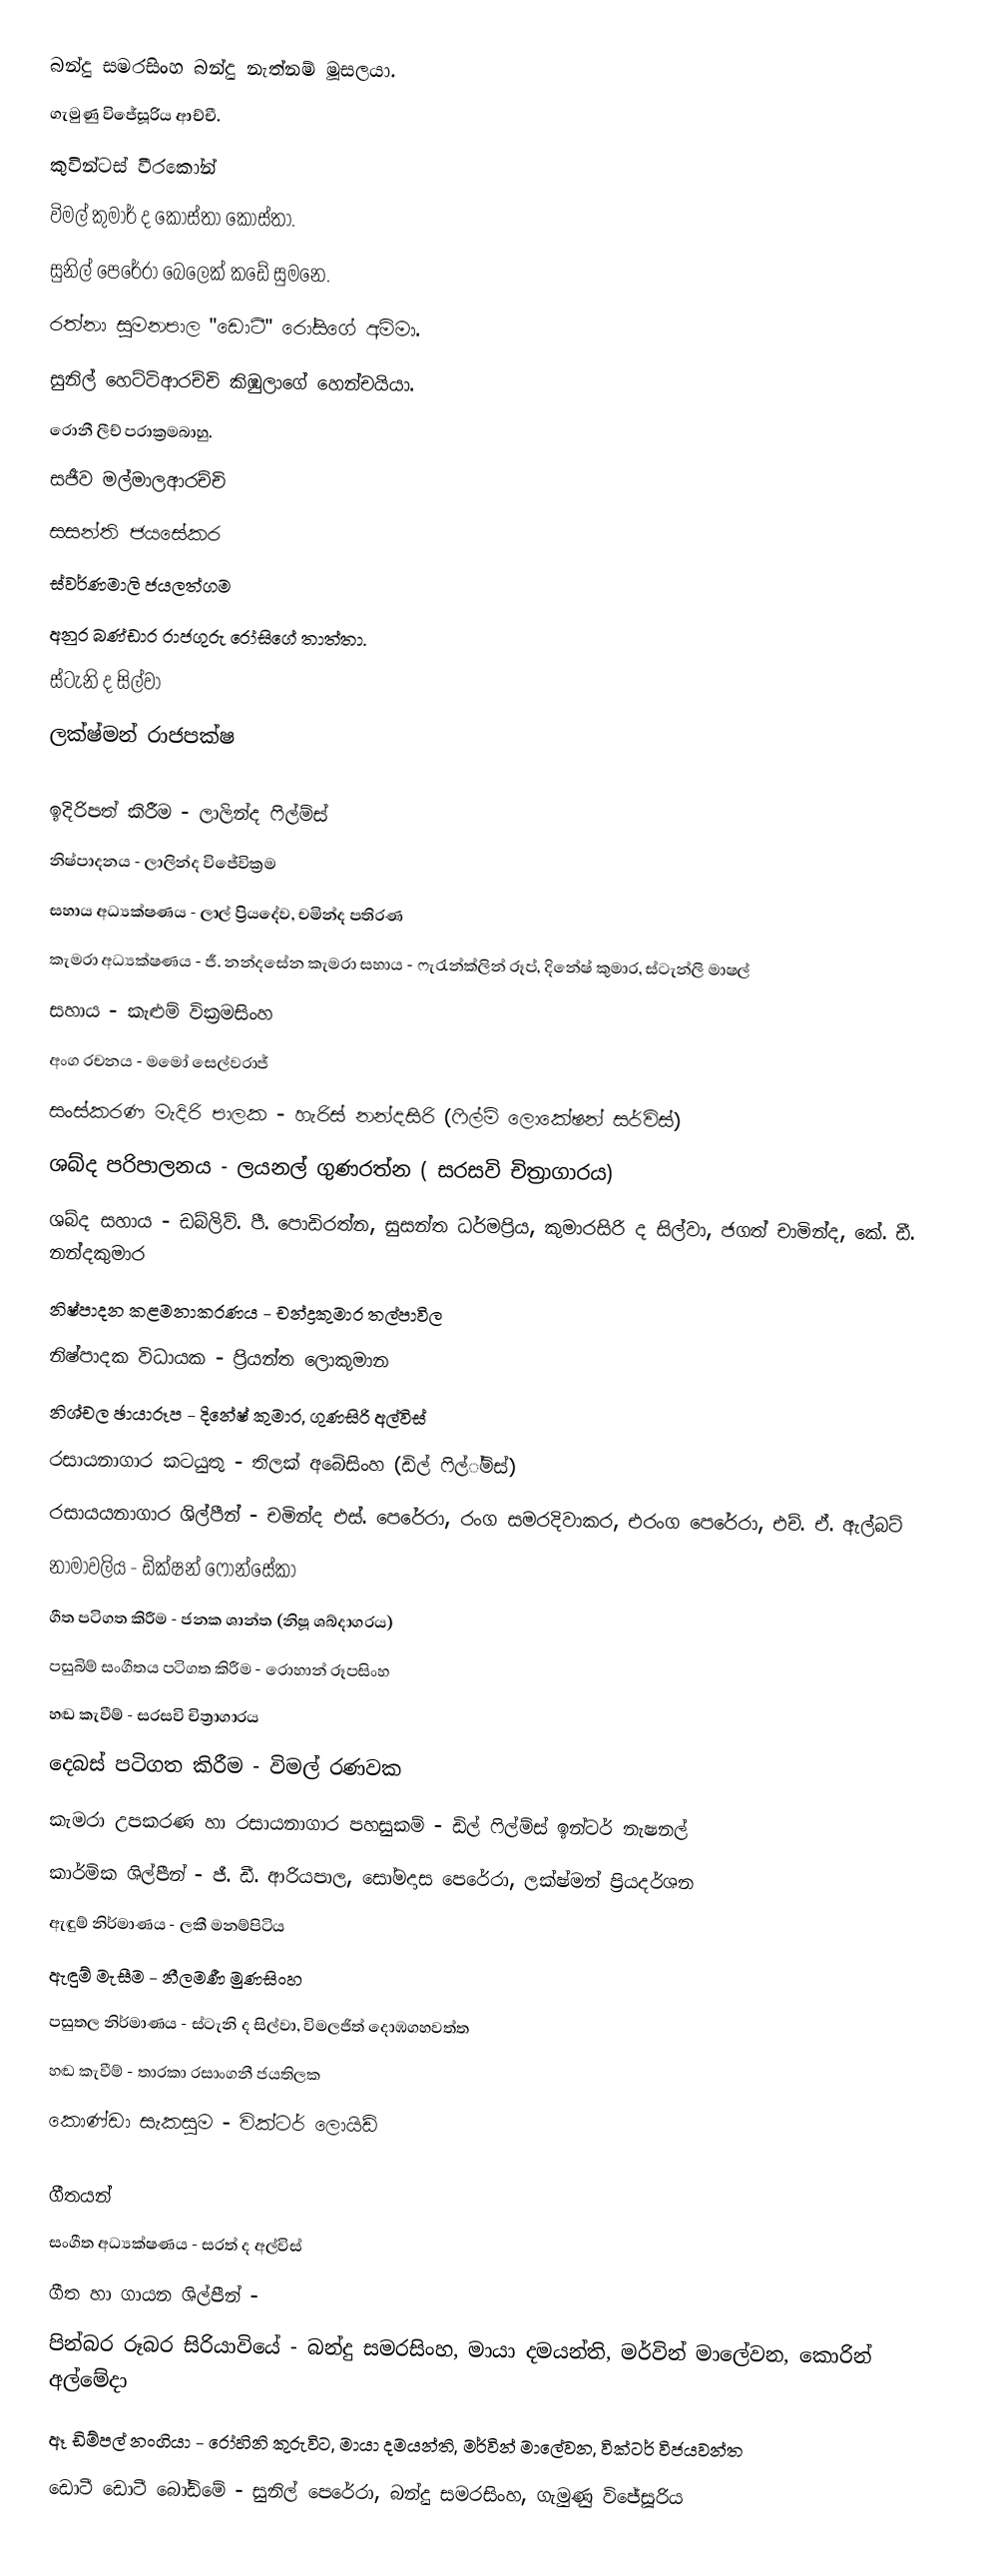
බන්දු සමරසිංහ බන්දු නැත්නම් මූසලයා.
ගැමුණු විජේසූරිය ආච්චී.
කුවින්ටස් වීරකෝන්
විමල් කුමාර් ද කොස්තා කොස්තා.
සුනිල් පෙරේරා බෙලෙක් කඩේ සුමනෙ.
රත්නා සුමනපාල "ඩොටී" රෝසිගේ අම්මා.
සුනිල් හෙට්ටිආරච්චි කිඹුලාගේ හෙන්චයියා.
රොනී ලීච් පරාක්‍රමබාහු.
සජීව මල්මාලආරච්චි
සසන්ති ජයසේකර
ස්වර්ණමාලි ජයලත්ගම
අනුර බණ්ඩාර රාජගුරු රෝසිගේ තාත්තා.
ස්ටැනි ද සිල්වා
ලක්ෂ්මන් රාජපක්ෂ

ඉදිරිපත් කිරීම - ලාලින්ද ෆිල්ම්ස්
නිෂ්පාදනය - ලාලින්ද විජේවික්‍රම
සහාය අධ්‍යක්ෂණය - ලාල් ප්‍රියදේව, චමින්ද පතිරණ
කැමරා අධ්‍යක්ෂණය - ජී. නන්දසේන කැමරා සහාය - ෆැරැන්ක්ලින් රූප්, දිනේෂ් කුමාර, ස්ටැන්ලි මාෂල්
සහාය - කැළුම් වික්‍රමසිංහ
අංග රචනය - මමෝ සෙල්වරාජ්
සංස්කරණ මැදිරි පාලක - හැරිස් නන්දසිරි (ෆිල්ම් ලොකේෂන් සර්විස්)
ශබ්ද පරිපාලනය - ලයනල් ගුණරත්න ( සරසවි චිත්‍රාගාරය)
ශබ්ද සහාය - ඩබ්ලිව්. පී. පොඩිරත්න, සුසන්ත ධර්මප්‍රිය, කුමාරසිරි ද සිල්වා, ජගත් චාමින්ද, කේ. ඩී. නන්දකුමාර
නිෂ්පාදන කළමනාකරණය - චන්ද්‍රකුමාර තල්පාවිල
නිෂ්පාදක විධායක - ප්‍රියන්ත ලොකුමාන
නිශ්චල ඡායාරූප - දිනේෂ් කුමාර, ගුණසිරි අල්විස්
රසායනාගාර කටයුතු - තිලක් අබේසිංහ (ඩිල් ෆිල්්ම්ස්)
රසායයනාගාර ශිල්පීන් - චමින්ද එස්. පෙරේරා, රංග සමරදිවාකර, එරංග පෙරේරා, එච්. ඒ. ඇල්බට්
නාමාවලිය - ඩික්ෂන් ෆොන්සේකා
ගීත පටිගත කිරීම - ජනක ශාන්ත (නිෂූ ශබ්දාගරය)
පසුබිම් සංගීතය පටිගත කිරීම - රොහාන් රූපසිංහ
හඬ කැවීම් - සරසවි චිත්‍රාගාරය
දෙබස් පටිගත කිරීම - විමල් රණවක
කැමරා උපකරණ හා රසායනාගාර පහසුකම් - ඩිල් ෆිල්ම්ස් ඉන්ටර් නැෂනල්
කාර්මික ශිල්පීන් - ජී. ඩී. ආරියපාල, සෝමදාස පෙරේරා, ලක්ෂ්මන් ප්‍රියදර්ශන
ඇඳුම් නිර්මාණය - ලකී මනම්පිටිය
ඇඳුම් මැසීම - නීලමණී මුණසිංහ
පසුතල නිර්මාණය - ස්ටැනි ද සිල්වා, විමලජිත් දොඹගහවත්ත
හඬ කැවීම් - තාරකා රසාංගනී ජයතිලක
කොණ්ඩා සැකසුම - වික්ටර් ලොයිඩ්

ගීතයන්
සංගීත අධ්‍යක්ෂණය - සරත් ද අල්විස්
ගීත හා ගායන ශිල්පීන් -
පින්බර රූබර සිරියාවියේ - බන්දු සමරසිංහ, මායා දමයන්ති, මර්වින් මාලේවන, කොරින් අල්මේදා
ඈ ඩිම්පල් නංගියා - රෝහිනි කුරුවිට, මායා දමයන්ති, මර්වින් මාලේවන, වික්ටර් විජයවන්ත
ඩොටී ඩොටී බෝඩිමේ - සුනිල් පෙරේරා, බන්දු සමරසිංහ, ගැමුණු විජේසූරිය